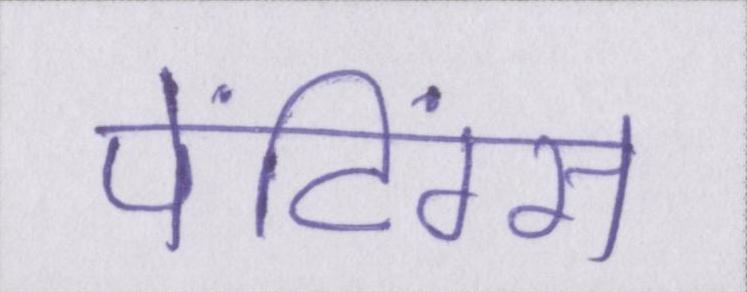
पेंटिंग्स